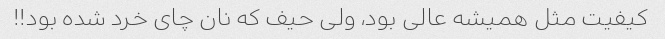
کیفیت مثل همیشه عالی بود، ولی حیف که نان چای خرد شده بود!!